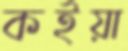
কইয়া